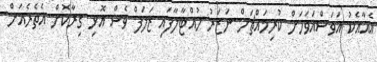
އެއާއެކު އަވަސްއަވަހަށް ކުރިމައްޗަށް ނަޒަރު ހުއްޓާލާފައި ޒަލަފް ވެސް އޮޅި ގިރާކޮށް އެތެރެއަށް